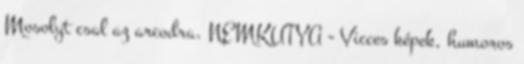
Mosolyt csal az arcodra. NEMKUTYA - Vicces képek, humoros